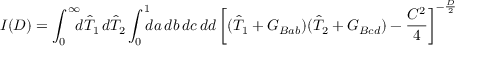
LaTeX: I ( D ) = \int _ { 0 } ^ { \infty } \! \! \! d \hat { T } _ { 1 } \, d \hat { T } _ { 2 } \int _ { 0 } ^ { 1 } \! \! \! d a \, d b \, d c \, d d \, { \biggl [ ( \hat { T } _ { 1 } + G _ { B a b } ) ( \hat { T } _ { 2 } + G _ { B c d } ) - { \frac { C ^ { 2 } } { 4 } } \biggr ] } ^ { - { \frac { D } { 2 } } }